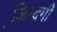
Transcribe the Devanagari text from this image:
जि़न्दगी